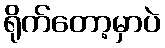
ရိုက်တော့မှာပဲ